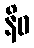
နိဓ